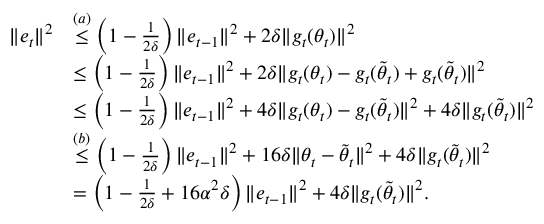
\begin{array} { r l } { \Vert e _ { t } \Vert ^ { 2 } } & { \overset { ( a ) } \leq \left( 1 - \frac { 1 } { 2 \delta } \right) \Vert e _ { t - 1 } \Vert ^ { 2 } + 2 \delta \Vert { g } _ { t } ( \theta _ { t } ) \Vert ^ { 2 } } \\ & { \leq \left( 1 - \frac { 1 } { 2 \delta } \right) \Vert e _ { t - 1 } \Vert ^ { 2 } + 2 \delta \Vert { g } _ { t } ( \theta _ { t } ) - { g } _ { t } ( \tilde { \theta } _ { t } ) + { g } _ { t } ( \tilde { \theta } _ { t } ) \Vert ^ { 2 } } \\ & { \leq \left( 1 - \frac { 1 } { 2 \delta } \right) \Vert e _ { t - 1 } \Vert ^ { 2 } + 4 \delta \Vert { g } _ { t } ( \theta _ { t } ) - { g } _ { t } ( \tilde { \theta } _ { t } ) \Vert ^ { 2 } + 4 \delta \Vert { g } _ { t } ( \tilde { \theta } _ { t } ) \Vert ^ { 2 } } \\ & { \overset { ( b ) } \leq \left( 1 - \frac { 1 } { 2 \delta } \right) \Vert e _ { t - 1 } \Vert ^ { 2 } + 1 6 \delta \Vert \theta _ { t } - \tilde { \theta } _ { t } \Vert ^ { 2 } + 4 \delta \Vert { g } _ { t } ( \tilde { \theta } _ { t } ) \Vert ^ { 2 } } \\ & { = \left( 1 - \frac { 1 } { 2 \delta } + 1 6 \alpha ^ { 2 } \delta \right) \Vert e _ { t - 1 } \Vert ^ { 2 } + 4 \delta \Vert { g } _ { t } ( \tilde { \theta } _ { t } ) \Vert ^ { 2 } . } \end{array}